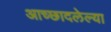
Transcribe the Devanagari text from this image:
आच्छादलेल्या